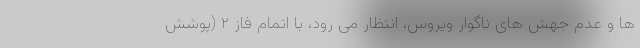
ها و عدم جهش های ناگوار ویروس، انتظار می رود، با اتمام فاز ۲ (پوشش